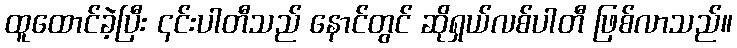
ထူထောင်ခဲ့ပြီး ၎င်းပါတီသည် နောင်တွင် ဆိုရှယ်လစ်ပါတီ ဖြစ်လာသည်။